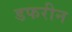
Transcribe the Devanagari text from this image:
डफरीन